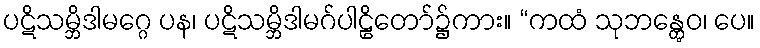
ပဋိသမ္ဘိဒါမဂ္ဂေ ပန၊ ပဋိသမ္ဘိဒါမဂ်ပါဠိတော်၌ကား။ “ကထံ သုဘန္တွေဝ၊ ပေ။